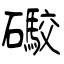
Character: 礮